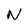
Character: N